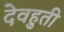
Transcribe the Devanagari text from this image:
देवहुती